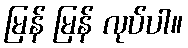
မြန် မြန် လုပ်ပါ။